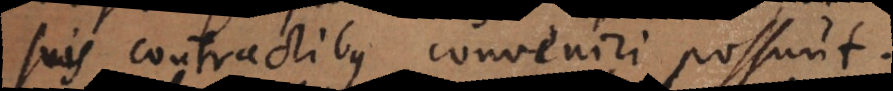
suis contractibus conveniri possunt.